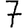
Digit: 7